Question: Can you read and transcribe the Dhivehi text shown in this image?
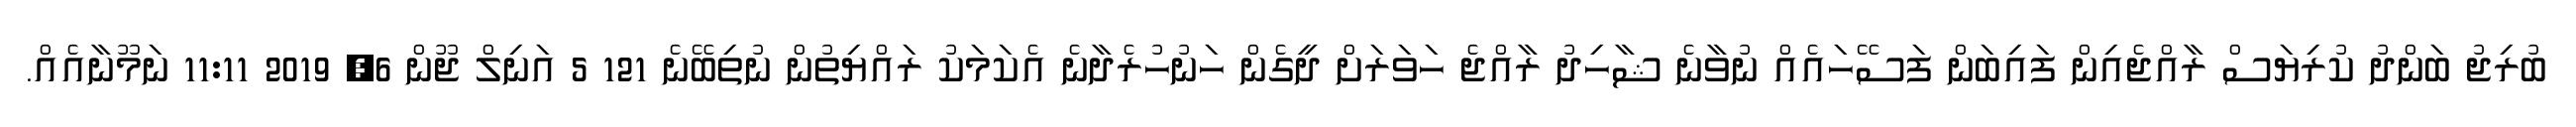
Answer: ބުރިޖު ބަންދު ކުރިޔަސް ރާއްޖެއިން ފައިބަން ފަސޭހައެއް ނުވާނެ ޝާހިދު ރާއްޖެ ހަވަރަށް ދީގެން ހަނުހުރެދާނެ އެކަމަކު ރައްޔިތުން ނުތިބޭނެ 121 5 އަނިލް ޖޫން 6, 2019 11:11 ނަމޫނާއެއް.